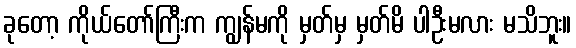
ခုတော့ ကိုယ်တော်ကြီးက ကျွန်မကို မှတ်မှ မှတ်မိ ပါဦးမလား မသိဘူး။